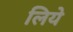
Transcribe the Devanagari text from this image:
लियेे